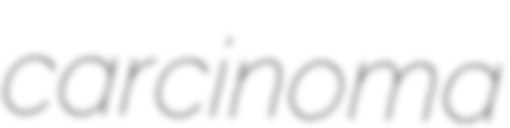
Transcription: carcinoma